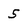
Character: 5